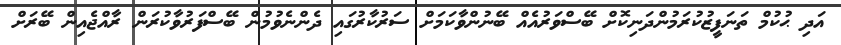
އަދި ޙުކުމް ތަނަފީޒުކުރަމުންދަނިކޮށް ބޭސްވަރުއެއް ބޭނުންވާކަމަށް ސަރުކާރުގައި ދެންނެވުމުން ބޭސްފަރުވާކުރަން ރާއްޖެއިން ބޭރަށް